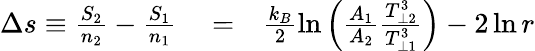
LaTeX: \begin{array}{rlr}{\Delta s\equiv\frac{S_{2}}{n_{2}}-\frac{S_{1}}{n_{1}}}&{{}=}&{\frac{k_{B}}{2}\ln\left(\frac{A_{1}}{A_{2}}\frac{T_{\perp 2}^{3}}{T_{\perp 1}^{3}}\right)-2\ln r}\end{array}